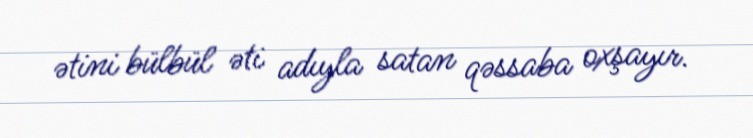
ətini bülbül əti adıyla satan qəssaba oxşayır.